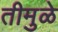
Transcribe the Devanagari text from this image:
तीमुळे